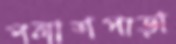
পলাশপাড়া